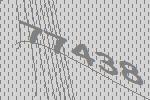
77438